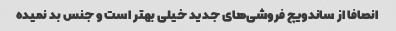
انصافا از ساندویچ فروشی‌های جدید خیلی بهتر است و جنس بد نمیده